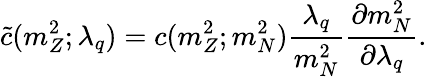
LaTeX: \tilde{c}(m_{Z}^{2};\lambda_{q})=c(m_{Z}^{2};m_{N}^{2})\frac{\lambda_{q}}{m_{N}^{2}}\frac{\partial m_{N}^{2}}{\partial\lambda_{q}}.